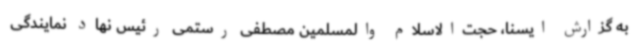
به گزارش ایسنا، حجت‌الاسلام والمسلمین مصطفی رستمی رئیس نهاد نمایندگی